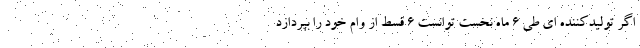
اگر تولیدکننده ای طی ۶ ماه نخست توانست ۶ قسط از وام خود را بپردازد